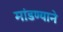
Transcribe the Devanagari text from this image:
मांडण्याने